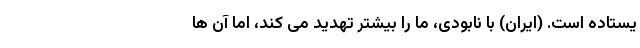
یستاده است. (ایران) با نابودی، ما را بیشتر تهدید می کند، اما آن ها